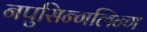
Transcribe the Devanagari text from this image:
नपुसिन्गलिन्ग